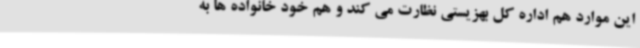
این موارد هم اداره کل بهزیستی نظارت می کند و هم خود خانواده ها به